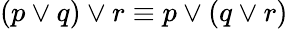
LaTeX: (p\vee q)\vee r\equiv p\vee(q\vee r)